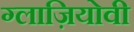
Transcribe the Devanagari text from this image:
ग्लाज़ियोवी